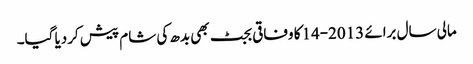
مالی سال برائے 2013-14کا وفاقی بجٹ بھی بدھ کی شام پیش کردیا گیا۔